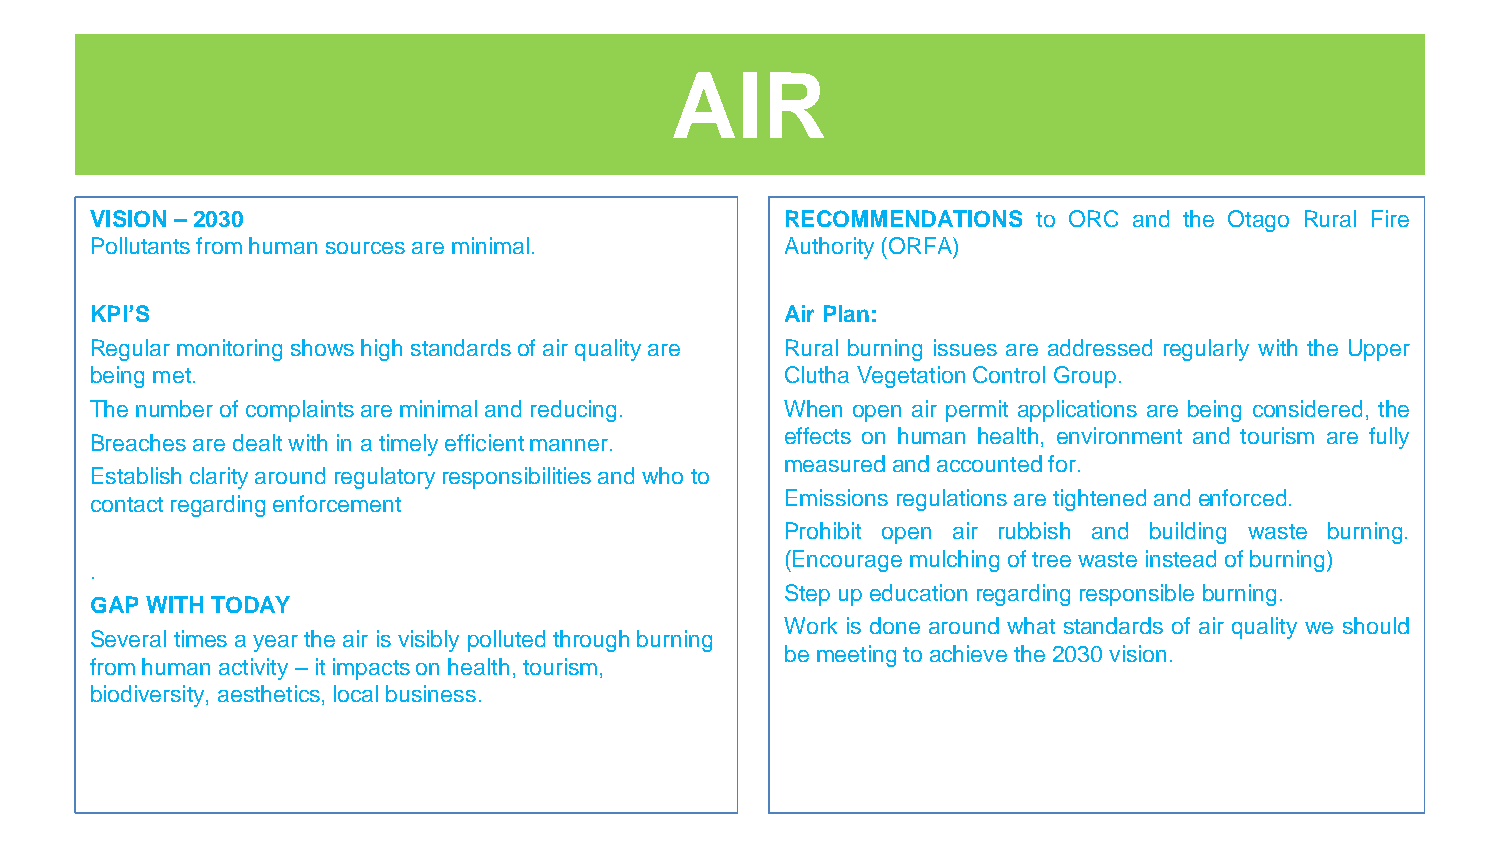
AIR
 VISION –2030                                  RECOMMENDATIONS  to ORC and the Otago Rural Fire
 Pollutants from human sources are minimal.    Authority(ORFA)
 KPI’S                                         Air Plan:
 Regular monitoring shows high standards of air quality are Rural burning issues are addressed regularly with the Upper
 being met.                                    Clutha VegetationControlGroup.
 The number of complaints are minimal and reducing. When open air permit applications are being considered, the
 Breaches are dealt with in a timely efficient manner. effects on human health, environment and tourism are fully
 measuredandaccountedfor.
 Establish clarity around regulatory responsibilities and who to
 contact regarding enforcement                 Emissions regulationsaretightenedand enforced.
 Prohibit open air rubbish and building waste burning.
 (Encouragemulching oftreewaste insteadofburning)
 .
 Stepup educationregardingresponsible burning.
 GAP WITH TODAY
 Work is done around what standards of air quality we should
 Several times a year the air is visibly polluted through burning
 bemeetingtoachieve the2030vision.
 from human activity –it impacts on health, tourism,
 biodiversity, aesthetics, local business.